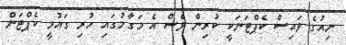
ނިއުގެ ވައިސް ކެޕްޓަނަކީ ކުރިން ވެސް އެ މަގާމުގައި ހުރި ގައުމީ ކެޕްޓަން